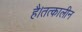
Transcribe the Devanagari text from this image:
है।तत्कालीन